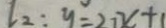
l _ { 2 } : y = 2 1 x + 1